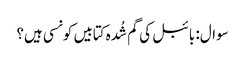
سوال: بائبل کی گم شُدہ کتابیں کونسی ہیں؟